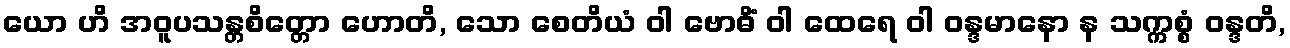
ယော ဟိ အဝူပသန္တစိတ္တော ဟောတိ, သော စေတိယံ ဝါ ဗောဓိံ ဝါ ထေရေ ဝါ ဝန္ဒမာနော န သက္ကစ္စံ ဝန္ဒတိ,